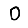
Digit: 0